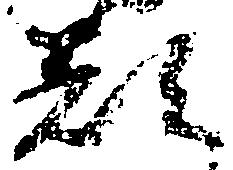
都